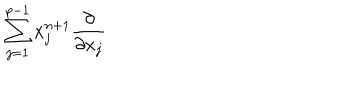
\sum _ { j = 1 } ^ { p - 1 } x _ { j } ^ { n + 1 } \frac { \partial } { \partial x _ { j } }